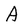
Character: A